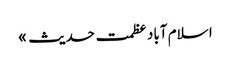
ا سلام آباد	عظمت حدیث »